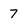
Character: 7